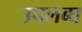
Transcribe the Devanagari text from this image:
उपलब्‍घ